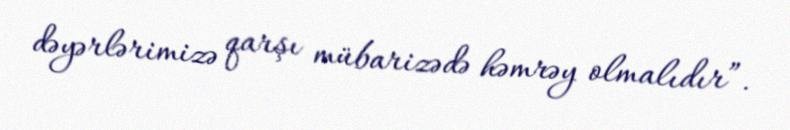
dəyərlərimizə qarşı mübarizədə həmrəy olmalıdır”.